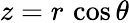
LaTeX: z=r\, \cos\theta